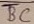
Text: BC